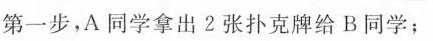
第一步，A同学拿出2张扑克牌给B同学；